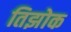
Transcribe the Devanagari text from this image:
तिझोक